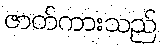
ဇာတ်ကားသည်